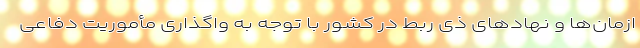
ازمان‌ها و نهادهای ذی ربط در کشور با توجه به واگذاری مأموریت دفاعی